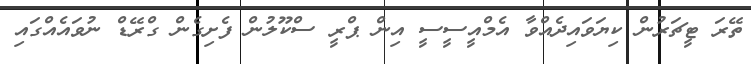
ތޭރަ ޓީޗަރުން ކިޔަވައިދެއްވާ އެމްއީސީސީ އިން ޕްރީ ސްކޫލުން ފެށިގެން ގްރޭޑް ނުވައެއްގައި